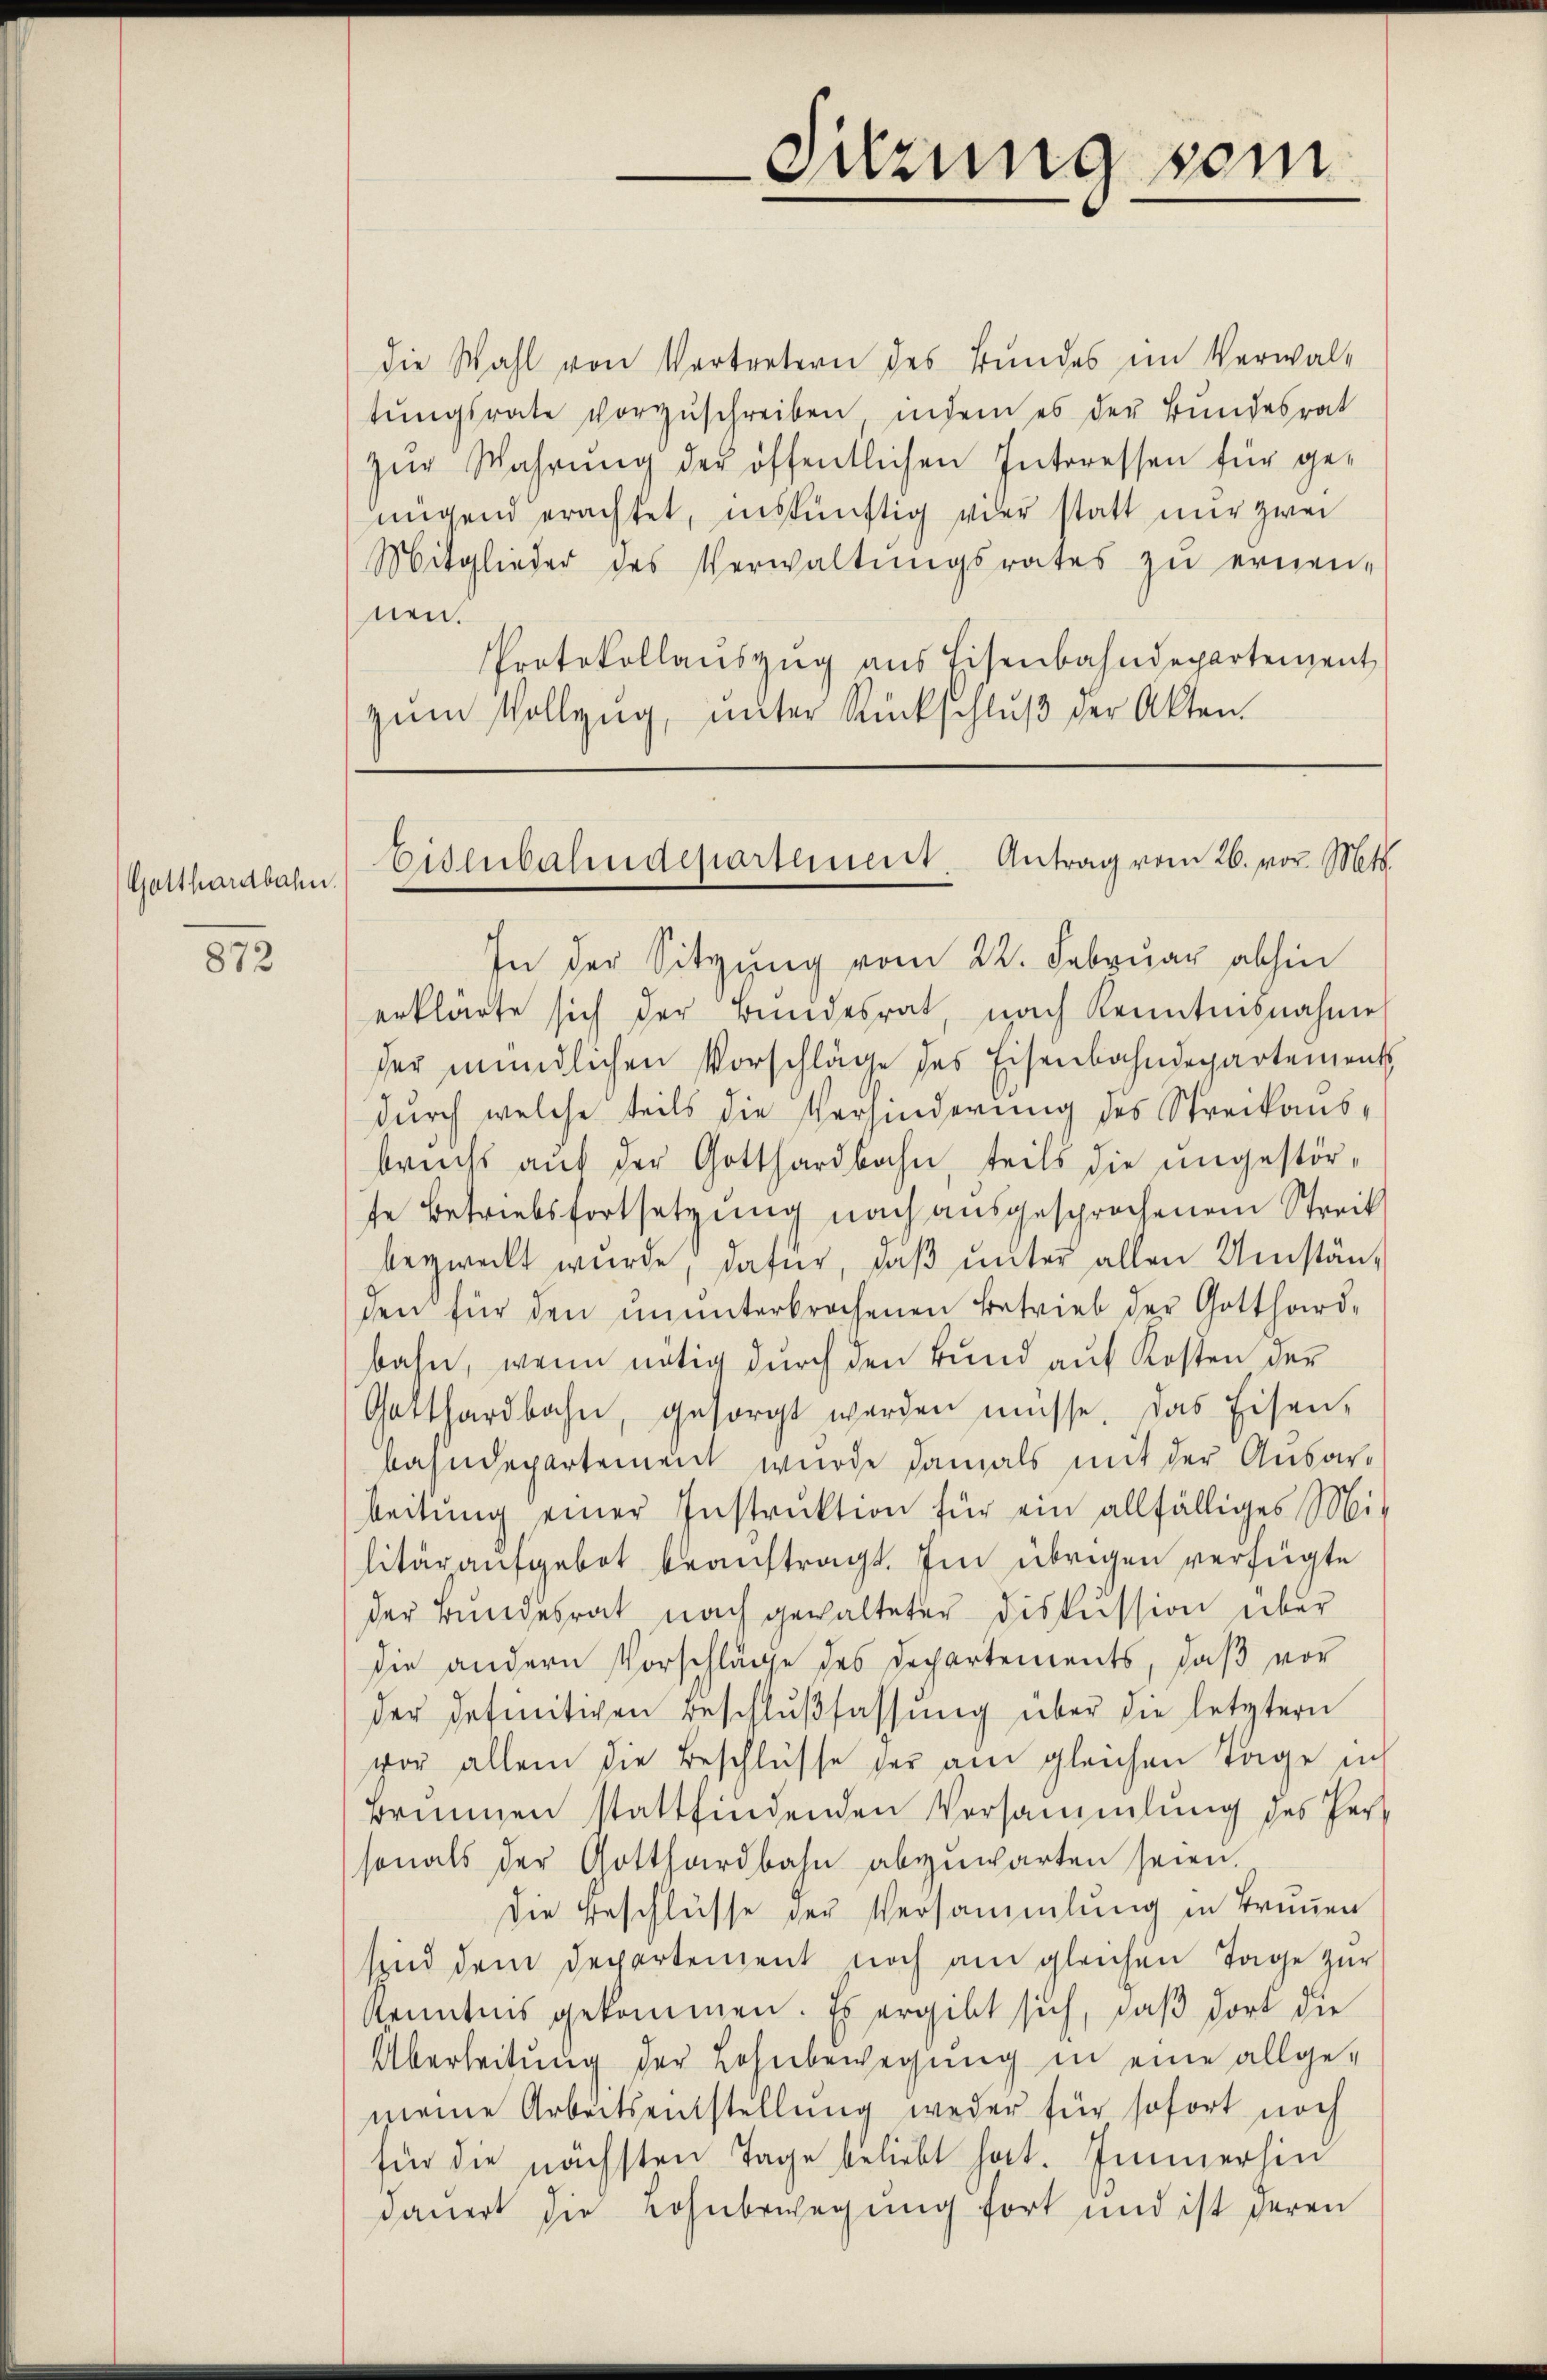
Gotthardbahn.

872

die Wahl von Vertretern des Bundes im Verwal-
tŭngsrate vorzŭschreiben, indem es der Bundesrat
zŭr Wahrung der öffentlichen Interessen für genigend erachtet, inskünftig vier statt nur zwei
Mitglieder des Verwaltŭngsrates zŭ ernen-
nen.
Protokollanszŭg ans Eisenbahndepartement
zum Vollzug, unter Rückschluß der Akten.

In der Sitzung vom 22. Februar abhin
erklärte sich der Bundesrat, nach Kenntnisnahme
der mündlichen Vorschläge des Eisenbahndepartements
durch welche teils die Verhinderung des Streikausbruchs auf der Gotthardbahn, teils die ungestörse Betriebsfortsetzung nach ausgesprochenem Streit
beyweckt wurde, dafür, daβ ŭnter allen Umständen für den ununterbrochenen Betrieb der Gotthard-
bahn, wenn nötig durch den und auf Kosten der
Gotthardbahn, gesorgt werden müsse. Das Eisen-
bahndepartement wurde damals mit der Ausarbeitŭng einer Instrŭktion für ein allfälliges Militäraufgebot beauftragt. Im übrigen verfügte
der Bundesrat nach gewalteter Diskussion über
die andern Vorschläge des Departements, daß vor
der definitiven Beschlŭβfassŭng über die letztern
vor allein die Beschlüsse der am gleichen Tage ich
Brunnen stattfindenden Versammlung des Herz
sonals der Gotthardbahn abzuwarten seien.
Die Beschlüsse der Versammlung in Trunnen
sind dem Departement noch am gleichen Tage zur
Kenntnis gekommen. Es ergibt sich, daß dort die
Überleitung der Lohnbewegung in eine allge-
meine Arbeitsentstellŭng weder für sofort noch
für die nächsten Tage beliebt hat. Immerhin
dauert die Lohnbewegung fort und ist deren

Sitzung sein

Eisenbahndepartement Antrag vom 26. vor. Mts.